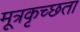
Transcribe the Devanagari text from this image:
मूत्रकृच्छता